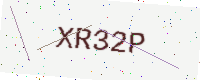
Text: XR32P